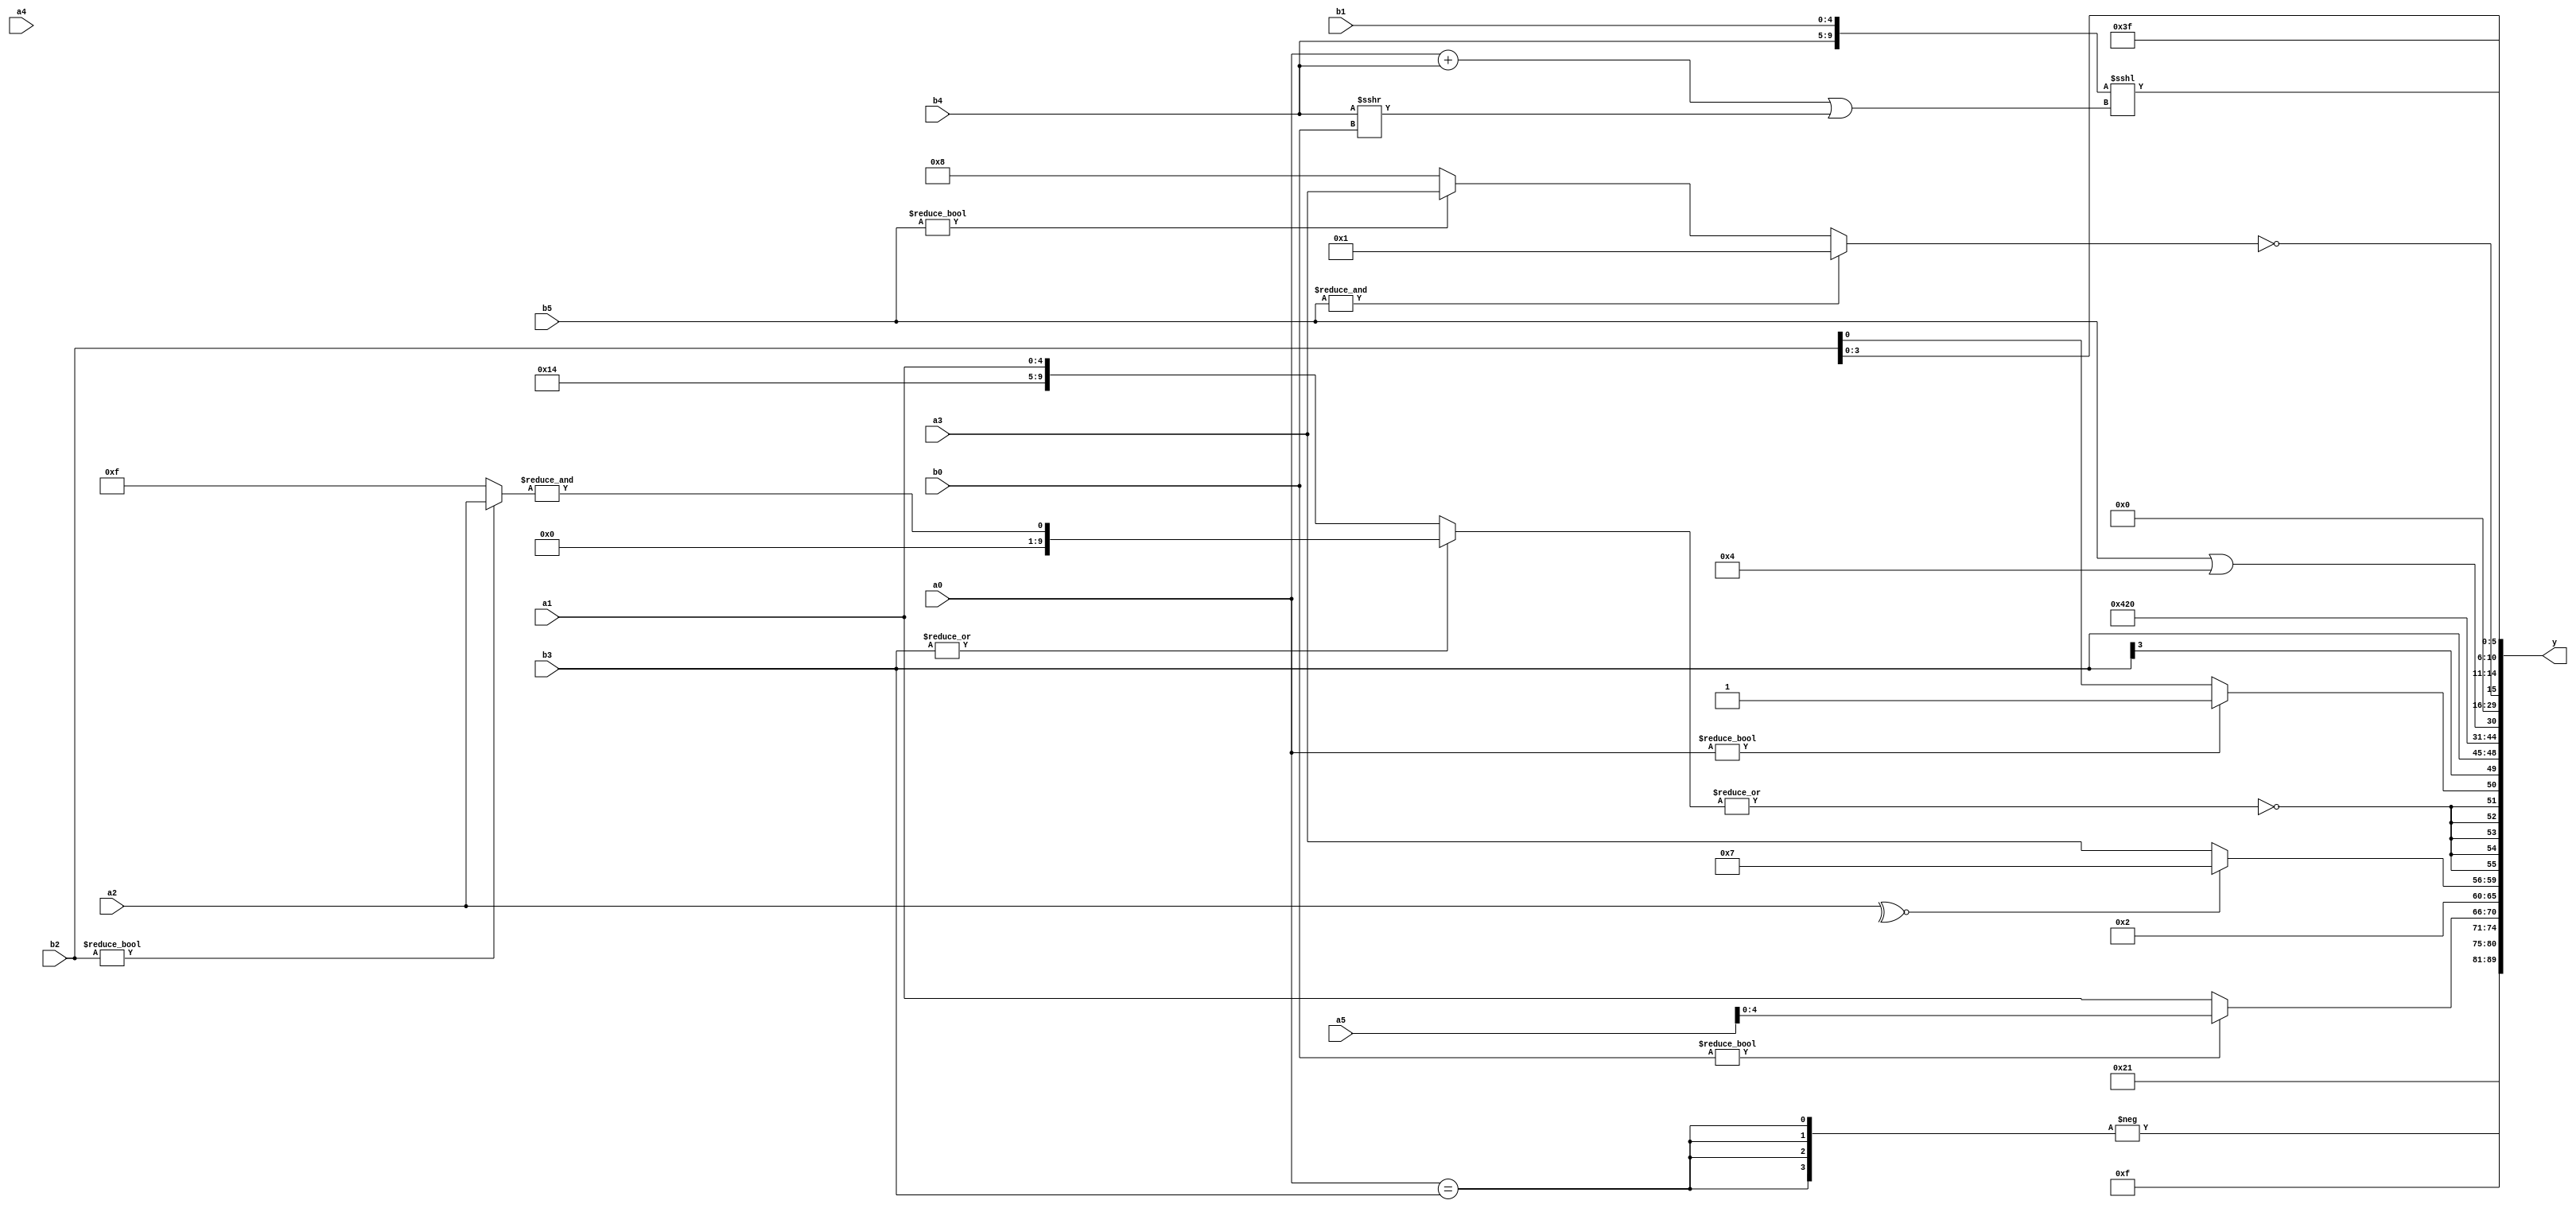
module expression_00517(a0, a1, a2, a3, a4, a5, b0, b1, b2, b3, b4, b5, y);
  input [3:0] a0;
  input [4:0] a1;
  input [5:0] a2;
  input signed [3:0] a3;
  input signed [4:0] a4;
  input signed [5:0] a5;

  input [3:0] b0;
  input [4:0] b1;
  input [5:0] b2;
  input signed [3:0] b3;
  input signed [4:0] b4;
  input signed [5:0] b5;

  wire [3:0] y0;
  wire [4:0] y1;
  wire [5:0] y2;
  wire signed [3:0] y3;
  wire signed [4:0] y4;
  wire signed [5:0] y5;
  wire [3:0] y6;
  wire [4:0] y7;
  wire [5:0] y8;
  wire signed [3:0] y9;
  wire signed [4:0] y10;
  wire signed [5:0] y11;
  wire [3:0] y12;
  wire [4:0] y13;
  wire [5:0] y14;
  wire signed [3:0] y15;
  wire signed [4:0] y16;
  wire signed [5:0] y17;

  output [89:0] y;
  assign y = {y0,y1,y2,y3,y4,y5,y6,y7,y8,y9,y10,y11,y12,y13,y14,y15,y16,y17};

  localparam [3:0] p0 = ({{(5'd19),(4'd3),(4'd2)}}?{((4'd7)?(3'd4):(4'sd0))}:((-5'sd12)!=(3'sd3)));
  localparam [4:0] p1 = {(-4'sd0),(-5'sd9),(5'd21)};
  localparam [5:0] p2 = {(2'd3),{(-3'sd2)},((-4'sd6)>>>(5'd15))};
  localparam signed [3:0] p3 = (((-5'sd10)?(-2'sd0):(-3'sd1))>=(2'd1));
  localparam signed [4:0] p4 = ((((4'd12)^(5'd13))?((2'sd1)>=(5'sd11)):(!(5'd23)))<<<({2{(3'd1)}}?((4'sd0)>>>(-5'sd12)):((5'sd13)!=(4'd1))));
  localparam signed [5:0] p5 = (&(+((2'd1)==(-4'sd7))));
  localparam [3:0] p6 = ({1{(((5'd16)!==(2'sd0))||((4'sd4)!=(5'd5)))}}|((4'd1)<<((2'd3)>(5'sd7))));
  localparam [4:0] p7 = (+(^(~|(&(~|(2'd1))))));
  localparam [5:0] p8 = ((5'sd3)<=(5'd24));
  localparam signed [3:0] p9 = (5'd24);
  localparam signed [4:0] p10 = {4{(5'd3)}};
  localparam signed [5:0] p11 = (-(!(5'd2 * ((4'd13)==(2'd1)))));
  localparam [3:0] p12 = {(((4'd0)?(-2'sd0):(2'd3))==(3'd6)),{(4'd15),(2'sd0),(2'd0)},(4'sd2)};
  localparam [4:0] p13 = ((2'd0)||(2'd2));
  localparam [5:0] p14 = ({1{((5'sd3)?(2'sd1):(-2'sd1))}}?{1{((2'd0)?(4'sd5):(5'd17))}}:((2'd2)&(3'd4)));
  localparam signed [3:0] p15 = {2{(((5'd17)?(2'd3):(3'd4))?((5'sd1)?(5'd31):(3'd7)):{2{(5'd31)}})}};
  localparam signed [4:0] p16 = (6'd2 * ((5'd22)^~(2'd3)));
  localparam signed [5:0] p17 = {(3'd0)};

  assign y0 = ((~(~(&(-3'sd1)))));
  assign y1 = (((^a1)?(a5?b5:b2):(3'sd3))?(~&(4'd0)):(4'd1));
  assign y2 = (-$unsigned({4{(|(a0==b3))}}));
  assign y3 = {4{{4{p2}}}};
  assign y4 = {(!(b4?p6:a5)),(+{{a3,p5}}),(b0?a5:a1)};
  assign y5 = ({p9,p2}?(2'd2):{p14,p5});
  assign y6 = ((~^a2)?(3'd7):(a3));
  assign y7 = $signed((^(|(~|(($signed((~|b3))?{p16,a1}:(&(b2?a2:p15))))))));
  assign y8 = {({p2,p9,b3}?(p17?b4:p12):(a4?b3:p9)),{(a0?p15:b2),(p10?b3:p16)}};
  assign y9 = (3'd1);
  assign y10 = (((&(-2'sd1))>>(p14%p16))==($signed((~|p10))&(~(~p2))));
  assign y11 = {((!b5)===(a0^~a2)),{{1{p17}},(b5||p0)}};
  assign y12 = (p13<<<p11);
  assign y13 = (+{(-$signed((~|{(6'd2 * (~&p14)),(~^(a0^~p12))})))});
  assign y14 = (!((&b5)?(|p1):(b5?a3:p9)));
  assign y15 = {3{{3{b2}}}};
  assign y16 = ({$unsigned({b4,b1})}<<<((a0+b4)||(b4>>>b0)));
  assign y17 = {$signed($unsigned($unsigned(((-3'sd2))))),(-(5'd2 * (b2===a0))),{1{$unsigned({1{(~{p16,p4})}})}}};
endmodule